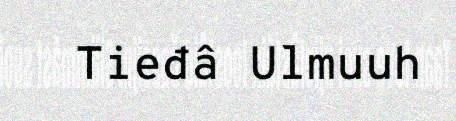
Tieđâ Ulmuuh